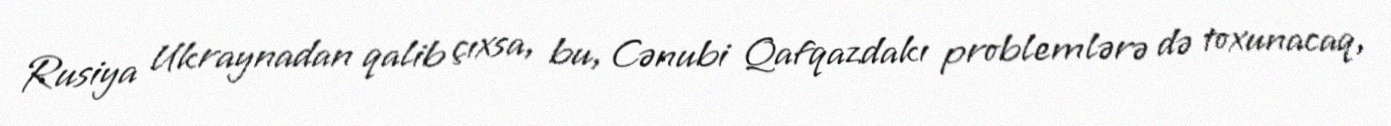
Rusiya Ukraynadan qalib çıxsa, bu, Cənubi Qafqazdakı problemlərə də toxunacaq,